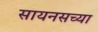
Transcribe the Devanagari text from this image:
सायनसच्या